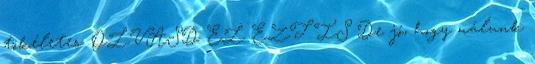
tökéletes. OLVASD EL EZT IS De jó, hogy nálunk